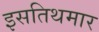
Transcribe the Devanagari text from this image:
इसतिथमार